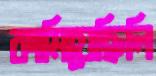
কামিয়েছিলি